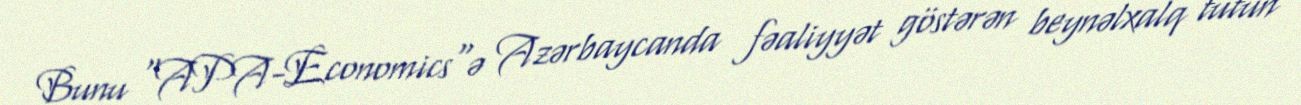
Bunu "APA-Economics"ə Azərbaycanda fəaliyyət göstərən beynəlxalq tütün